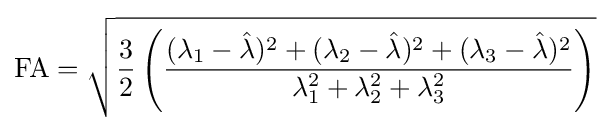
{\text{FA}}={\sqrt {{\frac {3}{2}}\left({\frac {(\lambda _{1}-{\hat {\lambda }})^{2}+(\lambda _{2}-{\hat {\lambda }})^{2}+(\lambda _{3}-{\hat {\lambda }})^{2}}{\lambda _{1}^{2}+\lambda _{2}^{2}+\lambda _{3}^{2}}}\right)}}